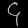
Digit: ၄